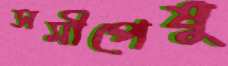
সমীপেষু